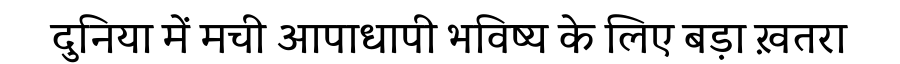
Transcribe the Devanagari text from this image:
दुनिया में मची आपाधापी भविष्य के लिए बड़ा ख़तरा